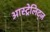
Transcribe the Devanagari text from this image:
आस्ट्रेलिट्ज़